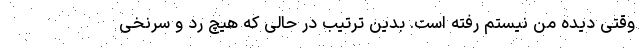
وقتی دیده من نیستم رفته است. بدین ترتیب در حالی که هیچ رد و سرنخی